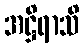
အဋ္ဌိရာသိ